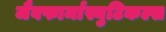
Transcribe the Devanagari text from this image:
जैवफार्मास्युटिकल्स